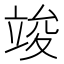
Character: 竣